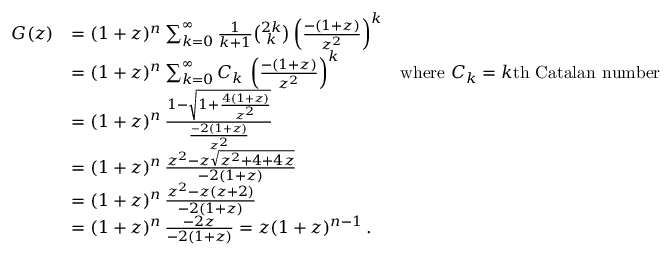
{ \begin{array} { r l r } { G ( z ) } & { = ( 1 + z ) ^ { n } \sum _ { k = 0 } ^ { \infty } { \frac { 1 } { k + 1 } } { \binom { 2 k } { k } } \left( { \frac { - ( 1 + z ) } { z ^ { 2 } } } \right) ^ { k } } \\ & { = ( 1 + z ) ^ { n } \sum _ { k = 0 } ^ { \infty } C _ { k } \, \left( { \frac { - ( 1 + z ) } { z ^ { 2 } } } \right) ^ { k } } & { { \mathrm { w h e r e ~ } } C _ { k } = k { \mathrm { t h ~ C a t a l a n ~ n u m b e r } } } \\ & { = ( 1 + z ) ^ { n } \, { \frac { 1 - { \sqrt { 1 + { \frac { 4 ( 1 + z ) } { z ^ { 2 } } } } } } { \frac { - 2 ( 1 + z ) } { z ^ { 2 } } } } } \\ & { = ( 1 + z ) ^ { n } \, { \frac { z ^ { 2 } - z { \sqrt { z ^ { 2 } + 4 + 4 z } } } { - 2 ( 1 + z ) } } } \\ & { = ( 1 + z ) ^ { n } \, { \frac { z ^ { 2 } - z ( z + 2 ) } { - 2 ( 1 + z ) } } } \\ & { = ( 1 + z ) ^ { n } \, { \frac { - 2 z } { - 2 ( 1 + z ) } } = z ( 1 + z ) ^ { n - 1 } \, . } \end{array} }